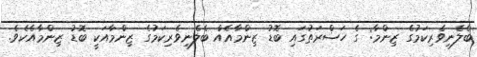
ބެލެނިވެރިކަމުގެ ޒިންމާ: ގެ ހަޟްރަތުގައި ބޮޑު ޒިންމާއެއް ބެލެނިވެރިކަމުގެ ޒިންމާއަކީ ބޮޑު ޒިންމާއެކެވެ.